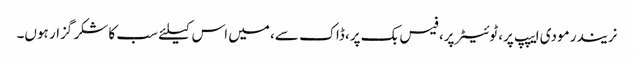
نریندر مودی ایپپ پر، ٹوئیٹر پر، فیس بک پر، ڈاک سے، میں اس کیلئے سب کا شکر گزار ہوں۔